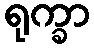
ရုက္ခာ